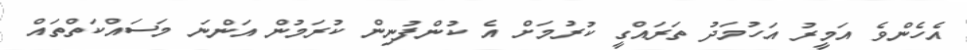
އެހެންވެ އަމީރު އަހުމަދު ތަރައްގީ ކުރުމަށް އެ ކުންފުނިން ކުރަމުން އަންނަ މަސައްކަތްތައް